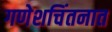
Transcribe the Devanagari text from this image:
गणेशचिंतनात